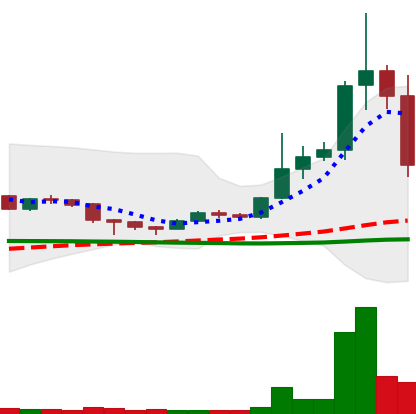
Ticker: DOGE-USD
Chart end date: 2020-12-23
Forward return: 21.868%
Label: up_7plus